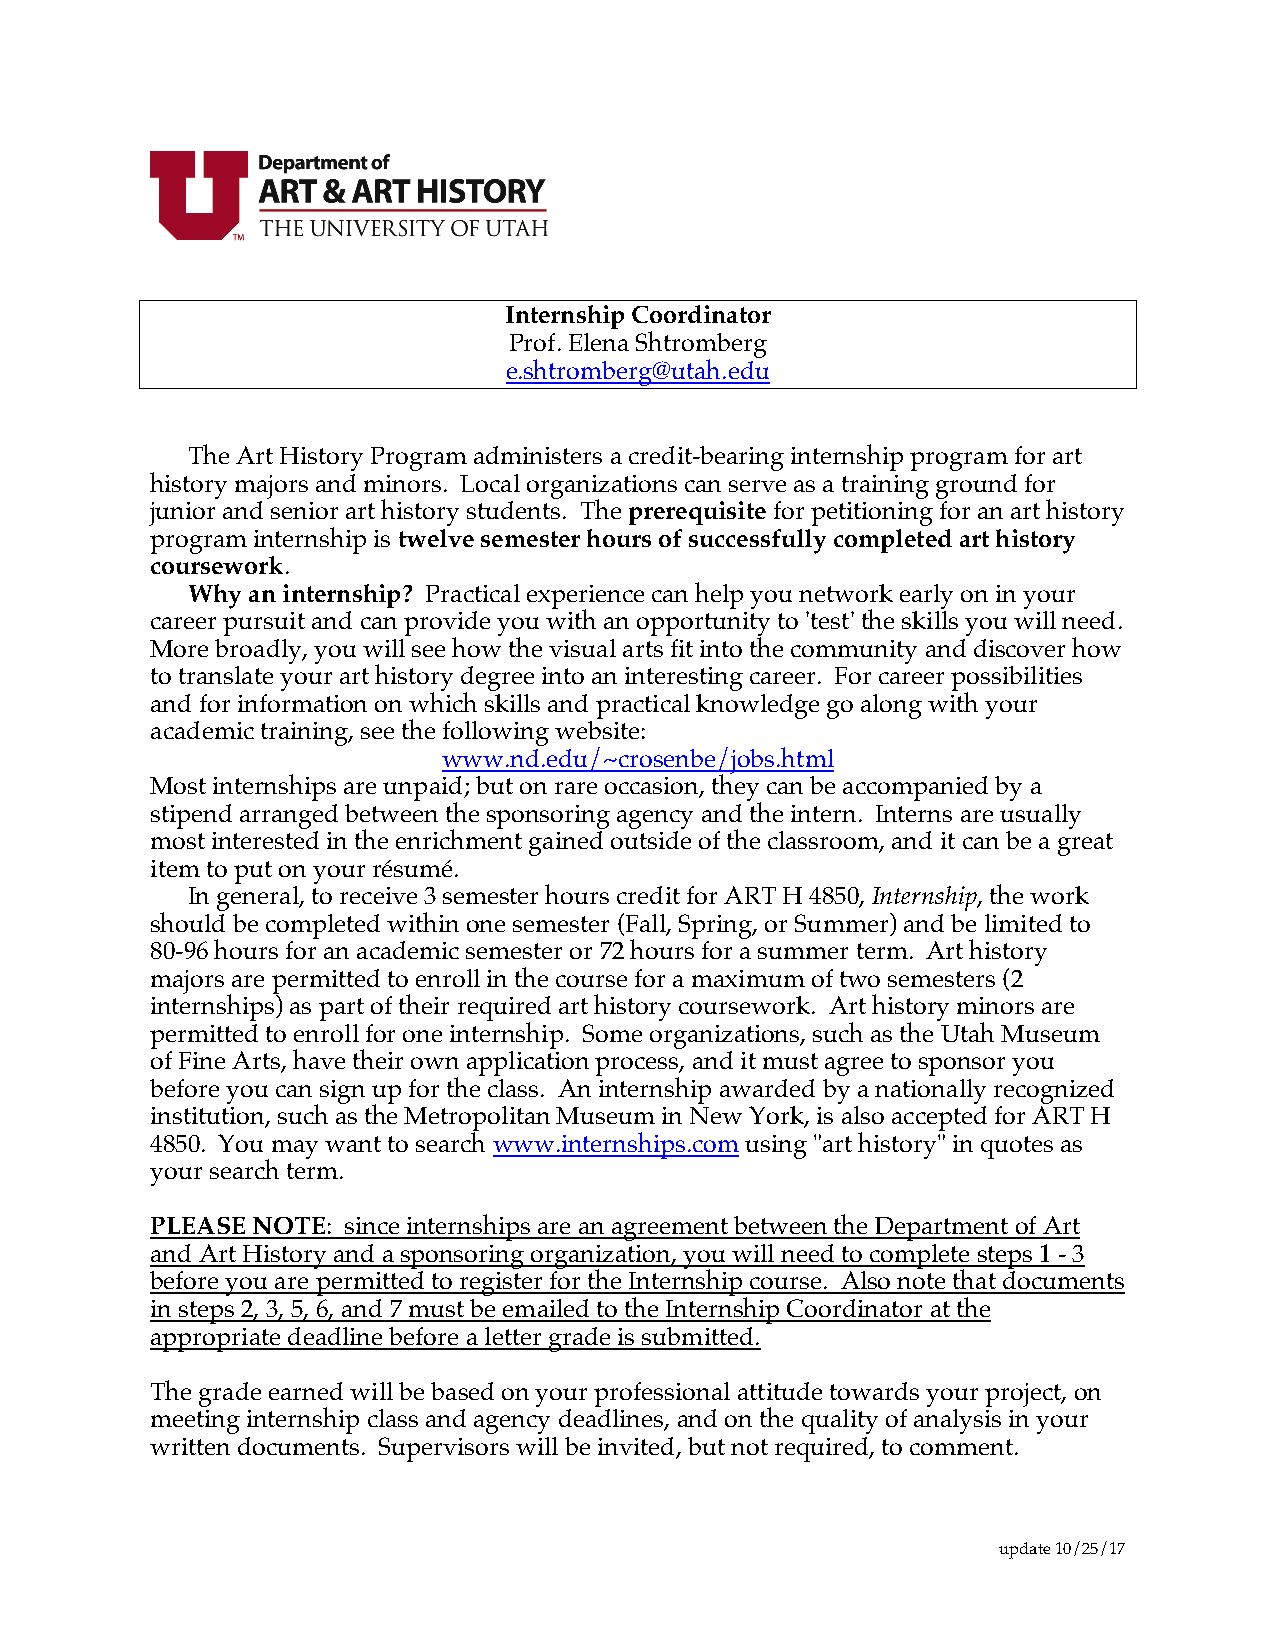
Internship Coordinator
 Prof. Elena Shtromberg
 e.shtromberg@utah.edu
 The Art History Program administers a credit-bearing internship program for art
 history majors and minors. Local organizations can serve as a training ground for
 junior and senior art history students. The prerequisite for petitioning for an art history
 program internship is twelve semester hours of successfully completed art history
 coursework.
 Why an internship? Practical experience can help you network early on in your
 career pursuit and can provide you with an opportunity to 'test' the skills you will need.
 More broadly, you will see how the visual arts fit into the community and discover how
 to translate your art history degree into an interesting career. For career possibilities
 and for information on which skills and practical knowledge go along with your
 academic training, see the following website:
 www.nd.edu/~crosenbe/jobs.html
 Most internships are unpaid; but on rare occasion, they can be accompanied by a
 stipend arranged between the sponsoring agency and the intern. Interns are usually
 most interested in the enrichment gained outside of the classroom, and it can be a great
 item to put on your résumé.
 In general, to receive 3 semester hours credit for ART H 4850, Internship, the work
 should be completed within one semester (Fall, Spring, or Summer) and be limited to
 80-96 hours for an academic semester or 72 hours for a summer term. Art history
 majors are permitted to enroll in the course for a maximum of two semesters (2
 internships) as part of their required art history coursework. Art history minors are
 permitted to enroll for one internship. Some organizations, such as the Utah Museum
 of Fine Arts, have their own application process, and it must agree to sponsor you
 before you can sign up for the class. An internship awarded by a nationally recognized
 institution, such as the Metropolitan Museum in New York, is also accepted for ART H
 4850. You may want to search www.internships.com using "art history" in quotes as
 your search term.
 PLEASE NOTE: since internships are an agreement between the Department of Art
 and Art History and a sponsoring organization, you will need to complete steps 1 - 3
 before you are permitted to register for the Internship course. Also note that documents
 in steps 2, 3, 5, 6, and 7 must be emailed to the Internship Coordinator at the
 appropriate deadline before a letter grade is submitted.
 The grade earned will be based on your professional attitude towards your project, on
 meeting internship class and agency deadlines, and on the quality of analysis in your
 written documents. Supervisors will be invited, but not required, to comment.
 update 10/25/17